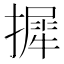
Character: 摨